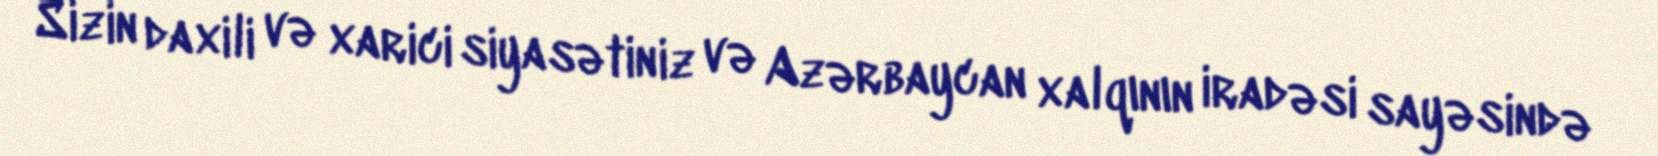
Sizin daxili və xarici siyasətiniz və Azərbaycan xalqının iradəsi sayəsində